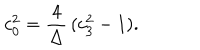
c _ { 0 } ^ { 2 } = { \frac { 4 } { \Delta } } \, ( c _ { 3 } ^ { 2 } - 1 ) .